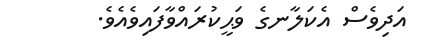
އަދިވެސް އެކަލާނގެ ވަޙީކުރައްވާފައިވެއެވެ.